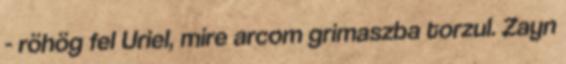
- röhög fel Uriel, mire arcom grimaszba torzul. Zayn